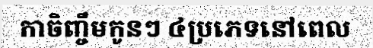
កាចិញ្ចឹមកូនៗ ៤ប្រភេទនៅពេល